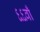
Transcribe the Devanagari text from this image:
६६वाँ